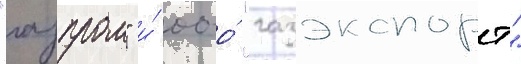
"газпром" и́ ооо́ "газэкспорт"